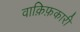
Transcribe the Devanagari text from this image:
वाक़िफ़कारी